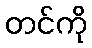
တင်ကို